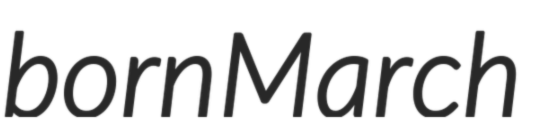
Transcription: born March